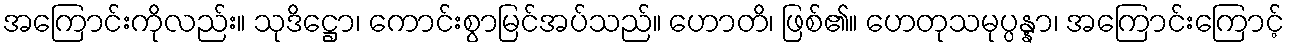
အကြောင်းကိုလည်း။ သုဒိဋ္ဌော၊ ကောင်းစွာမြင်အပ်သည်။ ဟောတိ၊ ဖြစ်၏။ ဟေတုသမုပ္ပန္နာ၊ အကြောင်းကြောင့်